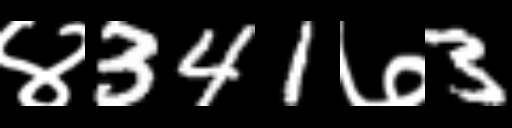
Text: ४341७3